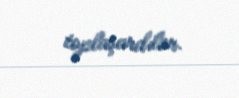
toplaşardılar.